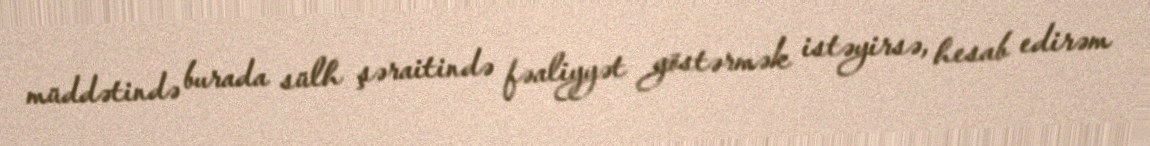
müddətində burada sülh şəraitində fəaliyyət göstərmək istəyirsə, hesab edirəm